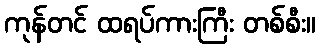
ကုန်တင် ထရပ်ကားကြီး တစ်စီး။